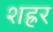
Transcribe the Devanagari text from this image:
शह्रर